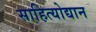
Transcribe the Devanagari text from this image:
साहित्योद्यान